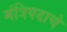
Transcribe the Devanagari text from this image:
मंत्रिपदाचे